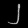
Digit: ၂